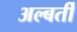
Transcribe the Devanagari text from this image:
अल्बर्ती